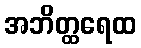
အဘိတ္ထရေထ